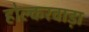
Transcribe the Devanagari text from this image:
होल्करवाड़ा